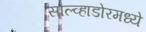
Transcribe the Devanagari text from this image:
साल्व्हाडोरमध्ये